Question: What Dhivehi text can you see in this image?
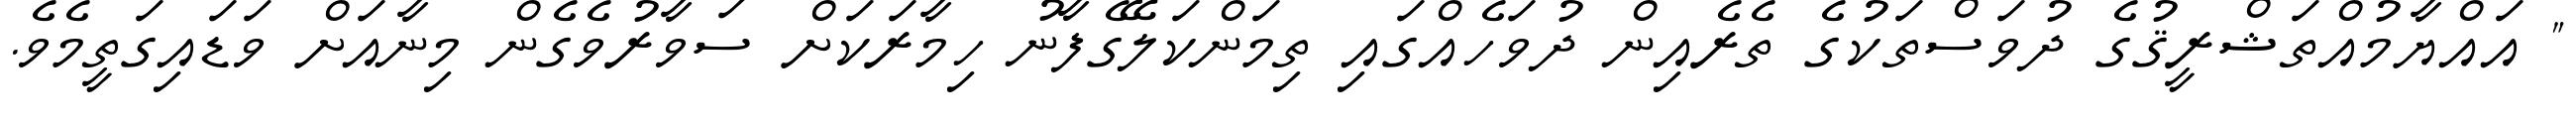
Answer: " އައްޔާމުއްތަޝްރީޤުގެ ދުވަސްތަކުގެ ތެރެއިން ދުވަހެއްގައި ތިމަންކަލޭގެފާނު ހިމާރަކަށް ސަވާރުވެގެން މިނާއަށް ވަޑައިގަތީމެވެ.